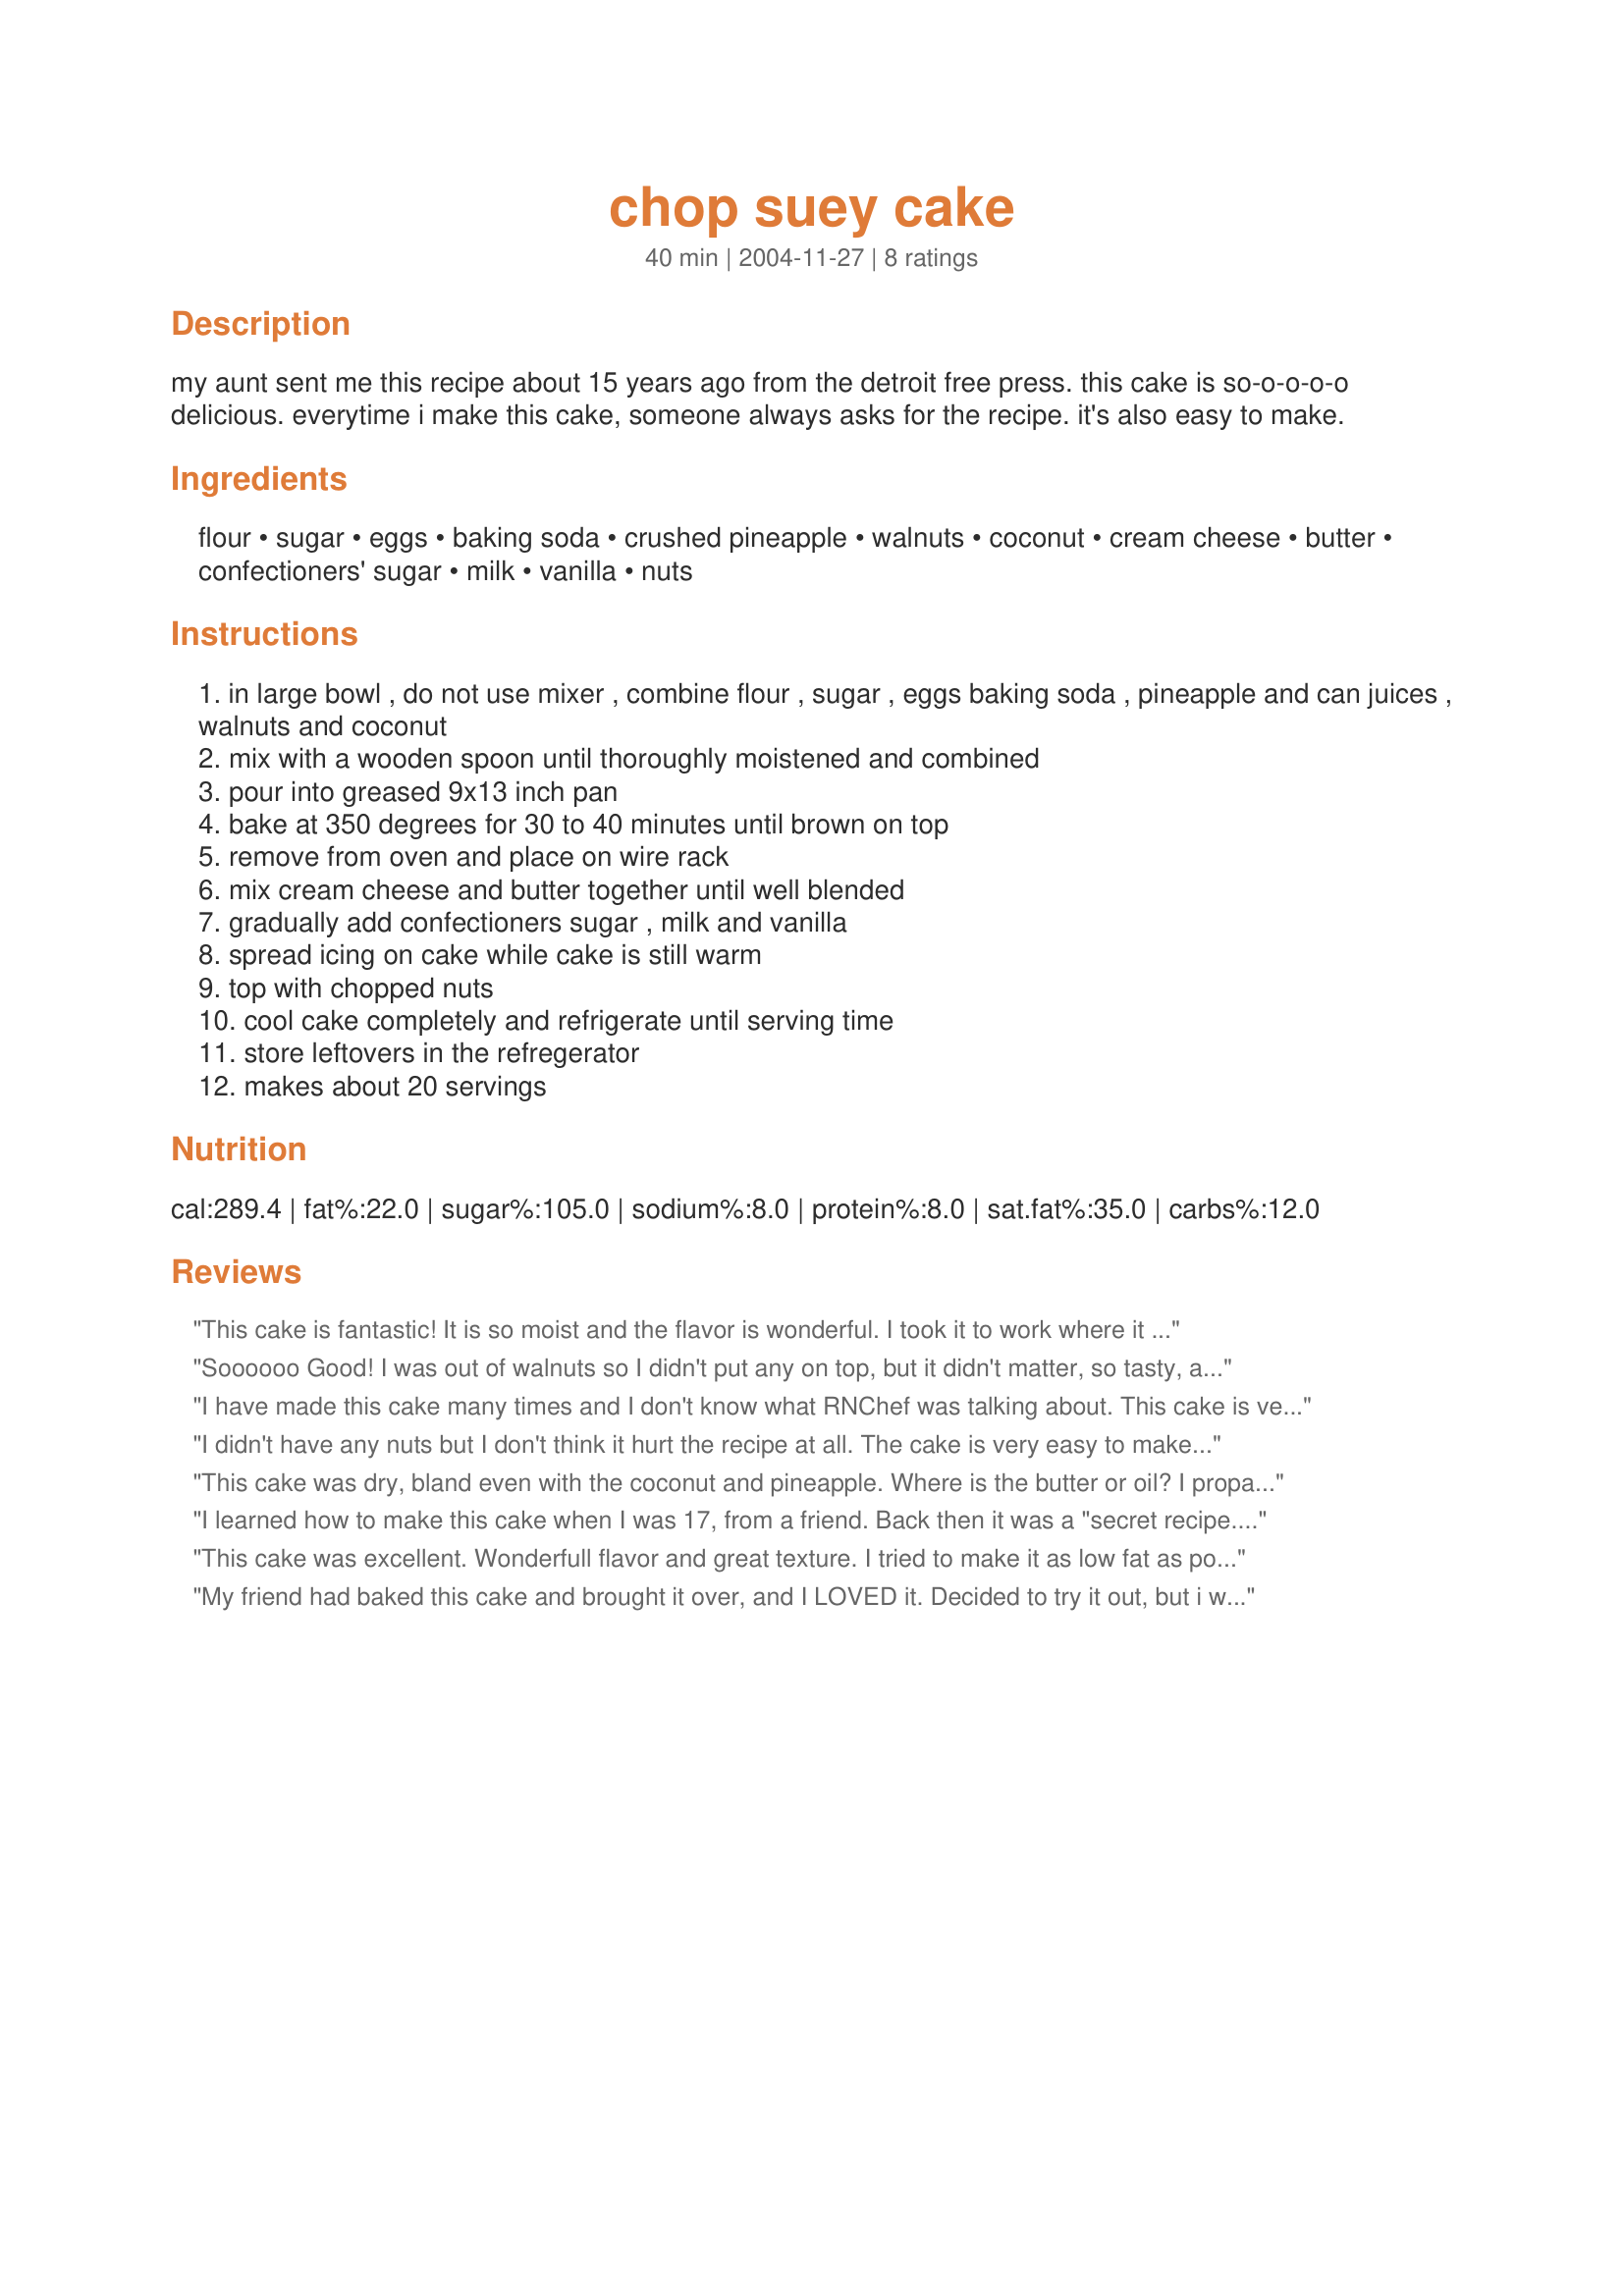
chop suey cake
Preparation time: 40 minutes

my aunt sent me this recipe about 15 years ago from the detroit free press. this cake is so-o-o-o-o delicious. everytime i make this cake, someone always asks for the recipe. it's also easy to make.

Ingredients:
flour, sugar, eggs, baking soda, crushed pineapple, walnuts, coconut, cream cheese, butter, confectioners' sugar, milk, vanilla, nuts

Steps:
in large bowl , do not use mixer , combine flour , sugar , eggs baking soda , pineapple and can juices , walnuts and coconut
mix with a wooden spoon until thoroughly moistened and combined
pour into greased 9x13 inch pan
bake at 350 degrees for 30 to 40 minutes until brown on top
remove from oven and place on wire rack
mix cream cheese and butter together until well blended
gradually add confectioners sugar , milk and vanilla
spread icing on cake while cake is still warm
top with chopped nuts
cool cake completely and refrigerate until serving time
store leftovers in the refregerator
makes about 20 servings

Reviews:
This cake is fantastic! It is so moist and the flavor is wonderful. I took it to work where it went over very well. Many said it reminded them of carrot cake except that it had great flavor without all the spices in a carrot cake. I made it with Splenda instead of the sugar in the cake and used pecans rather than walnuts as that is what I had. I used low-fat cream cheese for the frosting. Considering the pineapple, coconut and nuts in the cake, I think next time I will try substituting rum flavoring for the vanilla in the frosting. Thanks Jane for a great recipe!
Soooooo Good! I was out of walnuts so I didn't put any on top, but it didn't matter, so tasty, and moist...yum yum yum.
I have made this cake many times and I don't know what RNChef was talking about. This cake is very moist and yummy. RNChef should learn how to cook. You can make a cake without butter or oil & still have it moist. She should follow directions more closely. It's easier to make than a box cake.
I didn't have any nuts but I don't think it hurt the recipe at all. The cake is very easy to make and taste even better the second day.
This cake was dry, bland even with the coconut and pineapple. Where is the butter or oil? I propably won't be baking this again. However the frosting was great.This is what saved this cake from the round file.
I learned how to make this cake when I was 17, from a friend. Back then it was a "secret recipe." I guess it's not-so-secret anymore. Delicious cake :o)
This cake was excellent. Wonderfull flavor and great texture.
I tried to make it as low fat as possible. I substituted eggs with egg substitue and used low fat cream cheese and light butter.
I will be making this again for sure.
My friend had baked this cake and brought it over, and I LOVED it. Decided to try it out, but i was really disappointed. The cake came out rubbery, difficult to cut. The frosting was great though. I followed the recipe to a T, dont know what went wrong! Maybe I'll give it a second shot since I know it can come out great.
